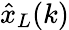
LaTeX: {\hat{x}}_{L}(k)